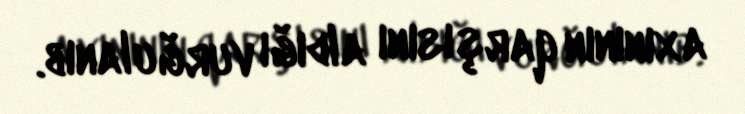
axınının qarşısını aldığı vurğulanıb.